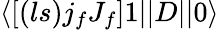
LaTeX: \langle\left[(ls)j_{f}J_{f}\right]1||D||0\rangle